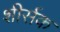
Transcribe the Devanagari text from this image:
शीर्सक